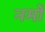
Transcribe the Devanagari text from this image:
नमों